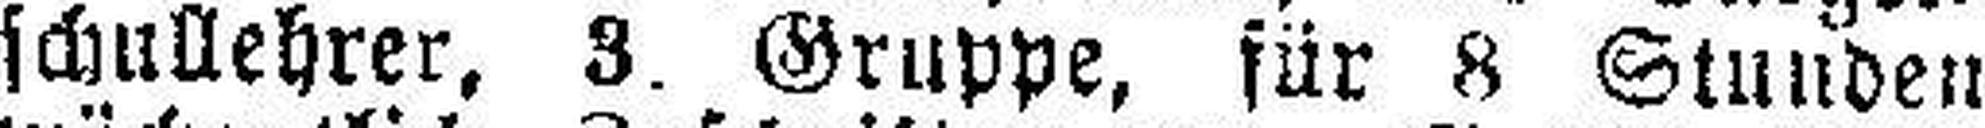
schullehrer, 3. Gruppe, für 8 Stunden